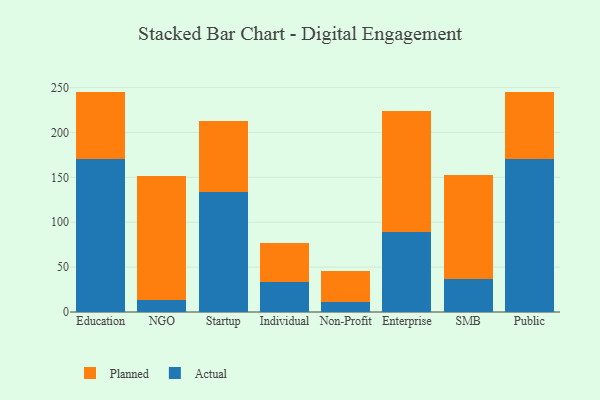
{"axis": {"x": "Segment", "y": "Latency (ms)"}, "legend": ["Actual", "Planned"], "data": [{"x": "Education", "y": 170.5, "type": "Actual"}, {"x": "Education", "y": 74.4, "type": "Planned"}, {"x": "NGO", "y": 13.5, "type": "Actual"}, {"x": "NGO", "y": 138.5, "type": "Planned"}, {"x": "Startup", "y": 134.1, "type": "Actual"}, {"x": "Startup", "y": 78.3, "type": "Planned"}, {"x": "Individual", "y": 33.8, "type": "Actual"}, {"x": "Individual", "y": 43.4, "type": "Planned"}, {"x": "Non-Profit", "y": 11.3, "type": "Actual"}, {"x": "Non-Profit", "y": 34.7, "type": "Planned"}, {"x": "Enterprise", "y": 88.9, "type": "Actual"}, {"x": "Enterprise", "y": 135.3, "type": "Planned"}, {"x": "SMB", "y": 36.7, "type": "Actual"}, {"x": "SMB", "y": 115.4, "type": "Planned"}, {"x": "Public", "y": 170.3, "type": "Actual"}, {"x": "Public", "y": 75.2, "type": "Planned"}]}